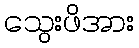
သွေးဖိအား